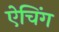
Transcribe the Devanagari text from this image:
ऐचिंग